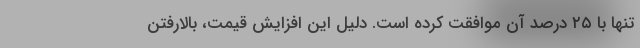
تنها با ۲۵ درصد آن موافقت کرده است. دلیل این افزایش قیمت، بالارفتن